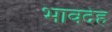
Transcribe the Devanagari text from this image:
भावदेह